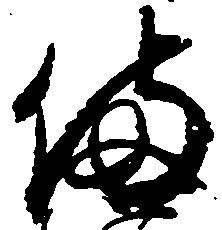
備